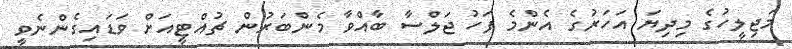
މަޖިލީހުގެ މިދިޔަ އަހަރުގެ އެންމެ ފަހު ޖަލްސާ ބާއްވާ މެންބަރުން ޗުއްޓީއަށް ވަޑައިގެންނެވީ